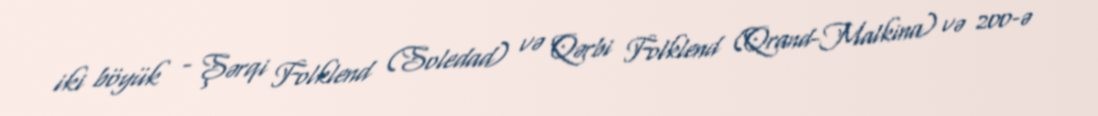
iki böyük - Şərqi Folklend (Soledad) və Qərbi Folklend (Qrand-Malkina) və 200-ə